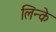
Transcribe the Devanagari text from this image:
लिन्के